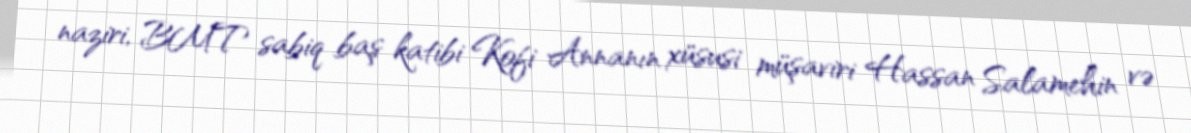
naziri, BMT sabiq baş katibi Kofi Annanın xüsusi müşaviri Hassan Salamehin və